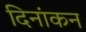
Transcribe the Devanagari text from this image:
दिनांकन